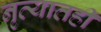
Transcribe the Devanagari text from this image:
नृत्यातही